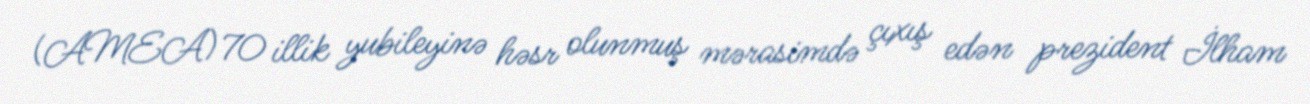
(AMEA) 70 illik yubileyinə həsr olunmuş mərasimdə çıxış edən prezident İlham